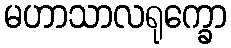
မဟာသာလရုက္ခော